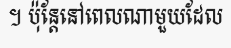
។ ប៉ុន្តែនៅពេលណាមួយដែល